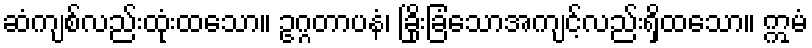
ဆံကျစ်လည်းထုံးထသော။ ဥဂ္ဂတာပနံ၊ ခြိုးခြံသောအကျင့်လည်းရှိထသော။ ဣမံ